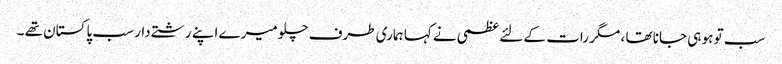
سب تو ہو ہی جانا تھا ، مگر رات کے لئے عظمی نے کہا ہماری طرف چلو میرے اپنے رشتے دار سب پاکستان تھے ۔